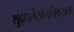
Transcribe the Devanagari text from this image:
शुद्धलेखनविषयक